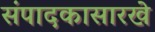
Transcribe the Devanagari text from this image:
संपादकासारखे